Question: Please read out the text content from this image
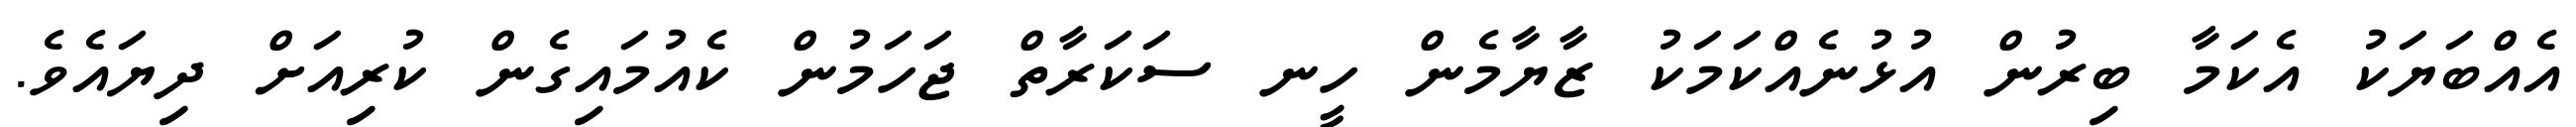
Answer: އެއްބަޔަކު އެކަމާ ބިރުން އުޅުނެއްކަމަކު ޒާޔާމެން ހީނ ސަކަރާތް ޖަހަމުން ކެއުމައިގެން ކުރިއަށް ދިޔައެވެ.